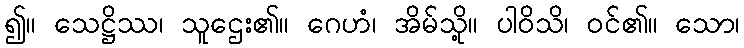
၍။ သေဋ္ဌိဿ၊ သူဌေး၏။ ဂေဟံ၊ အိမ်သို့။ ပါဝိသိ၊ ဝင်၏။ သော၊